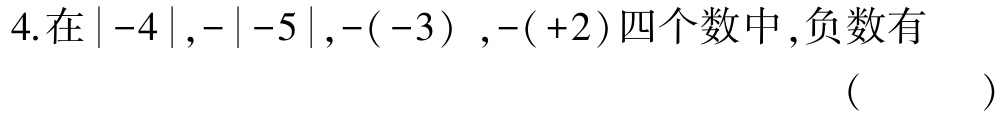
4.在\(\vert -4\vert,-\vert -5\vert,-(-3),-( +2)\)四个数中,负数有 （  ）